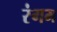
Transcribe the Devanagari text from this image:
रंगम